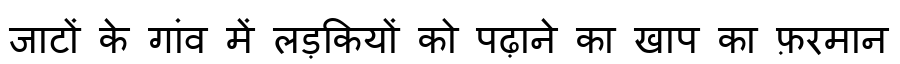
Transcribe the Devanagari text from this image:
जाटों के गांव में लड़कियों को पढ़ाने का खाप का फ़रमान